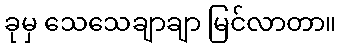
ခုမှ သေသေချာချာ မြင်လာတာ။